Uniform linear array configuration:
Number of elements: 24
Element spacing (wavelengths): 0.25
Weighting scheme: blackman
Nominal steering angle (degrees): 45
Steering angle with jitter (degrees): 46.486
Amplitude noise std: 0.05
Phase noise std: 0.05

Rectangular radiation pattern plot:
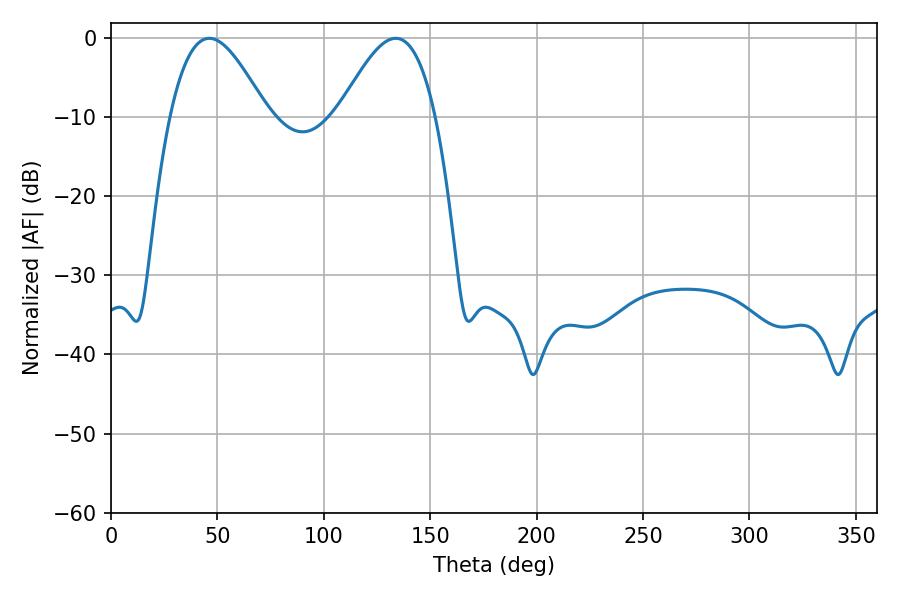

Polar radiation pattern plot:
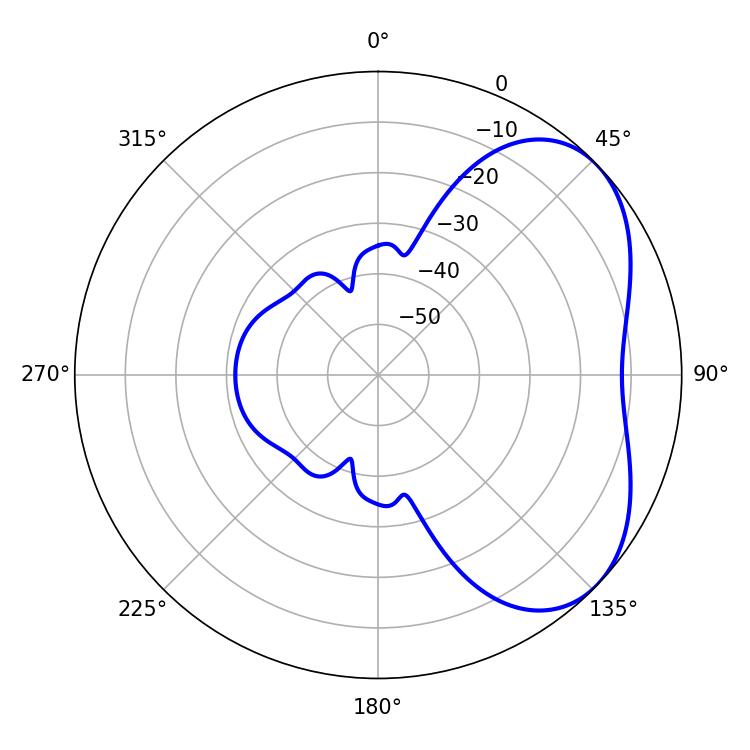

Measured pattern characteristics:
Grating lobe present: FALSE
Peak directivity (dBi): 4.412
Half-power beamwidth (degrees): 24.66
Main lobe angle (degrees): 46.26